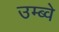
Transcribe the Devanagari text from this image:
उम्ब्वे